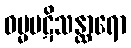
ဓမ္မပဋိသန္ထာရော